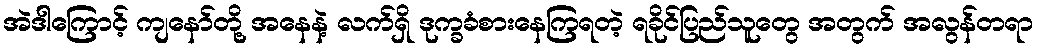
အဲဒါကြောင့် ကျနော်တို့ အနေနဲ့ လက်ရှိ ဒုက္ခခံစားနေကြရတဲ့ ရခိုင်ပြည်သူတွေ အတွက် အလွန်တရာ